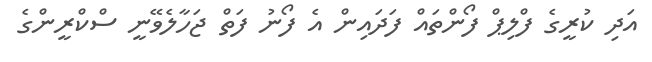
އަދި ކުރީގެ ފްލިޕް ފޯންތައް ފަދައިން އެ ފޯނު ފަތް ޖަހާލެވޭނީ ސްކްރީންގެ